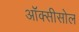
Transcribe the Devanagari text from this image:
ऑक्सीसोल